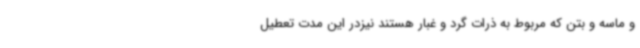
و ماسه و بتن که مربوط به ذرات گرد و غبار هستند نیزدر این مدت تعطیل